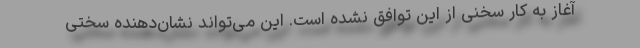
آغاز به کار سخنی از این توافق نشده است. این می‌تواند نشان‌دهنده سختی